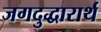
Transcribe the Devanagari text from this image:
जगदुद्धारार्थ